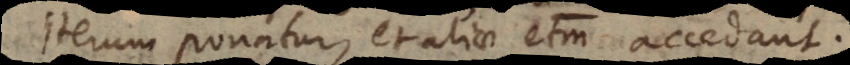
iterum ponatur, et aliae etiam accedant.